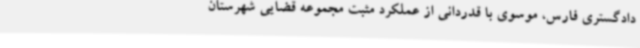
دادگستری فارس، موسوی با قدردانی از عملکرد مثبت مجموعه قضایی شهرستان